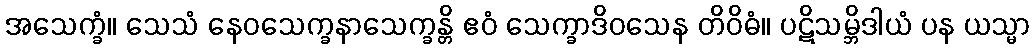
အသေက္ခံ။ သေသံ နေဝသေက္ခနာသေက္ခန္တိ ဧဝံ သေက္ခာဒိဝသေန တိဝိဓံ။ ပဋိသမ္ဘိဒါယံ ပန ယသ္မာ